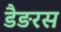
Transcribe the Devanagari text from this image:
डैङरस